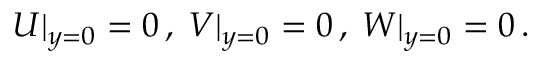
\begin{array} { r } { U \rvert _ { y = 0 } = 0 \, , \; V \rvert _ { y = 0 } = 0 \, , \; W \rvert _ { y = 0 } = 0 \, . } \end{array}